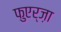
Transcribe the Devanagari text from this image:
फुएर्ज़ा